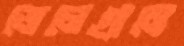
জেলেগ্রামে